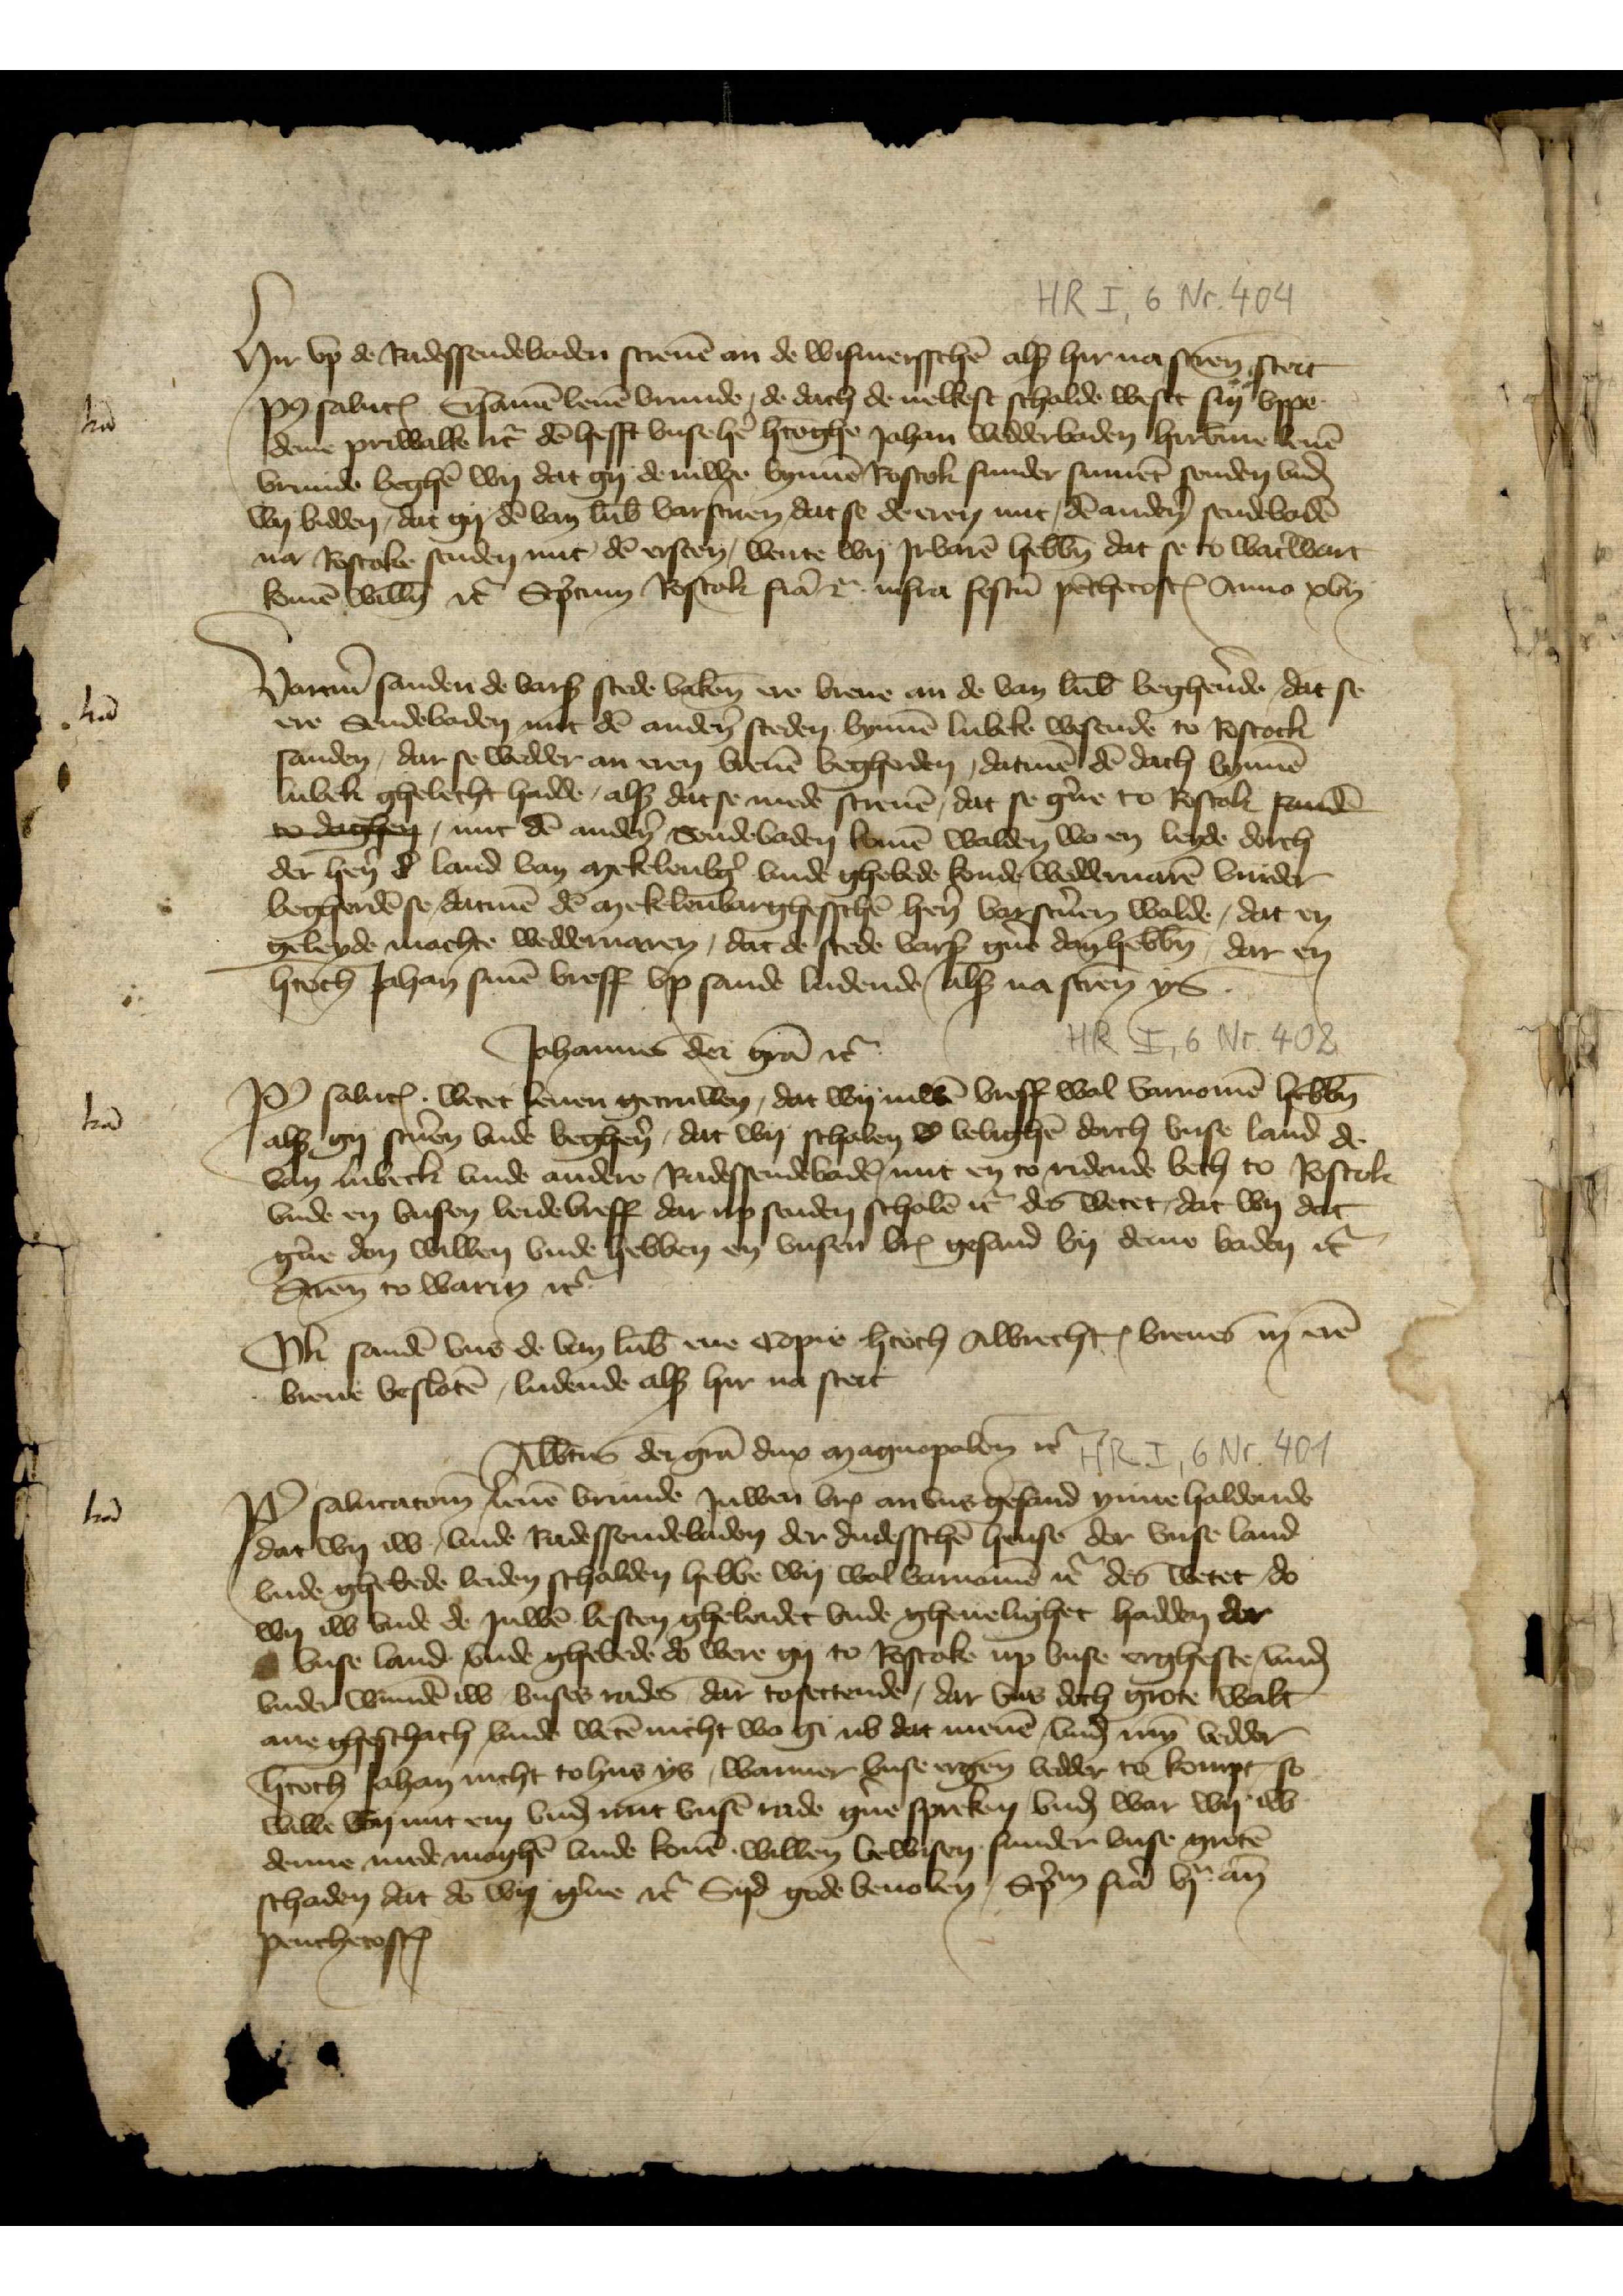
Hir vp de Radessendebaden screuen an de Wismersschen alss hir na screuen steit
Post salutationem. Ersamen leuen vrunde, de dach de uelkest scholde weset syn vppe
deme Priwalke etcetera de hefft vnsz here hertoghe Johan wedderbaden hirbinne leuen
vrunde begheren wy dat gy de iuwe bynnen Rostok sunder sument senden vnde
wy bidden, dat gy den van Lubeke vorscren, dat se de eren mit den anderen sendebaden
na Rostoke senden mit den ersten, wente wy Jrbaren hebben dat se ti waterwart
komen willen etcetera Scriptum Rostok feria 2a infra festum penthecostes Anno xvij

lrā

Darumme sanden de vorscreuen stede vaken ere breue an de van Lubeke begherende, dat se
ere Sendebaden mit den anderen steden bynnen Lubeke wesende to Rostock
sanden, dar se wedder an eren breuen begherden, datmen den dach bynnen
Lubek ghelecht hadde, alsz dat se mede screuen, dat se gerne to Rostok sandē
to daghen, mit den anderen Sendebaden komen wolden wo en leyde dorch
der heren d land van Mekelenborg vnde ghebede konde wedderuaren vurder
begherden se datmen de Mekelenbarghesschen heren vorscriuen wolde, dat en
geleyde mochte wedderuaren, dat de stede vorscreuen gerne don hebben, dar en
hertoch Johan sinen breff vp sande ludende alsz na screuen ys.

lrā

Johannes dei gratia etcetera
Post salutationem. Wetet leuen getruwen, dat wij iuwen breff wol vornomen hebben
alsz gy screuen vnde begheren, dat wij schalen ll velighen dorch vnse land de
van Lubeck vnde andere Radessendebaden mit en to ridende beth to Rostok
vnde en vnsen leidebreff dar up senden scholen etcetera des wetet, dat wy dat
gerne don willen vnde hebben en vnsen breff gesand by deme baden etcetera
Screuen to Warin etcetera
Item sanden vnd de van Lubeke ene Copie hertoch Albrechts breues in eren
breue besloten, ludende alsz hir na steit

lrā

Albertus dei gratia dux magnopolensis etcetera
Post salutationem leuen vrunde juwen bref an vns gesand ynnehaldende
dat wy iw, vnde Radessendebaden der dudesschen hense dor vnse land
vnde ghebede leiden schalden hebbe wy wol vornomen etcetera des wetet, do
wy iw vnde de juwen besten gheleidet vnde gheuelighet hadden dor
vnse land vnde ghebede do were gy to Rostoke up vnse ergheste, vnnde
vnder wunden iw vnses rades dar tosettende, dar vns doch grote walt
ane gheschach vnde weten nicht wo gi nv dat menen, vnde myn vedder
hertoch Johan nicht to hus ys, wanner vnse ergenen vedder to kompt so
wille wy mit em vnde mit vnsen rade gerne spreken, vnde war wy iw
deme mede moghen vnde komen willen bewisen, sunder vnse groten
schaden dat do wy gerne etcetera Syd gode beuolen, Scriptum feria vja ante

penthecostes

lrā